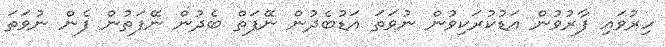
ހިރުވައި ފާރުވުން އަޑުކުރަކިވުން ނުވަތަ އަޑުބެދުން ނޭފަތް ބެދުން ނޭފަތުން ފެން ނުވަތަ